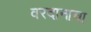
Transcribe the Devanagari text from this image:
वरदानाचा